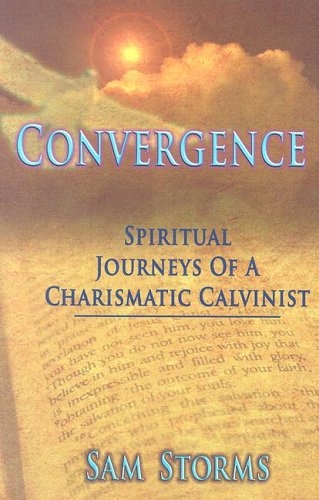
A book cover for Convergence: Spiritual Journeys of a Charismatic Calvinist; Sam Storms; Christian Books & Bibles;